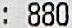
: 880